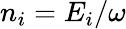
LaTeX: n_{i}=E_{i}/\omega